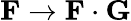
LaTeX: \mathbf{F}\rightarrow\mathbf{F}\cdot\mathbf{G}